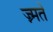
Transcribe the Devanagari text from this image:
ज्न्मते